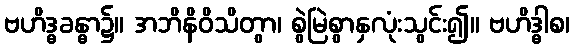
ဗဟိဒ္ဓခန္ဓာ၌။ အဘိနိဝိသိတွာ၊ စွဲမြဲစွာနှလုံးသွင်း၍။ ဗဟိဒ္ဓါစ၊